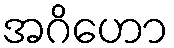
အဂိဟော